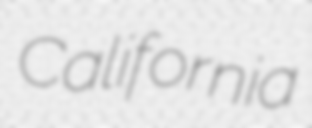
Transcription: California